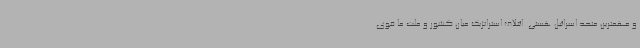
و مهمترین متحد اسرائیل هستی. ائتلاف استراتژیک میان کشور و ملت ما قوی